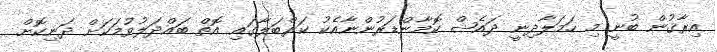
އިރާޤުން ބުނީ މި ހަމަލާދިނީ ދައެޝް ކޮމާންޑަރުންނާއެކު ކަރްބަލާގައި އޮތް ބައްދަލުވުމަކަށް ދަނިކޮށް